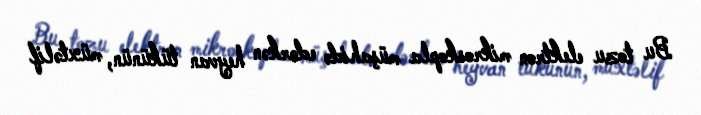
Bu tozu elektron mikroskopla müşahidə edərkən heyvan tükünün, müxtəlif